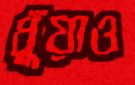
ধুঁয়াও